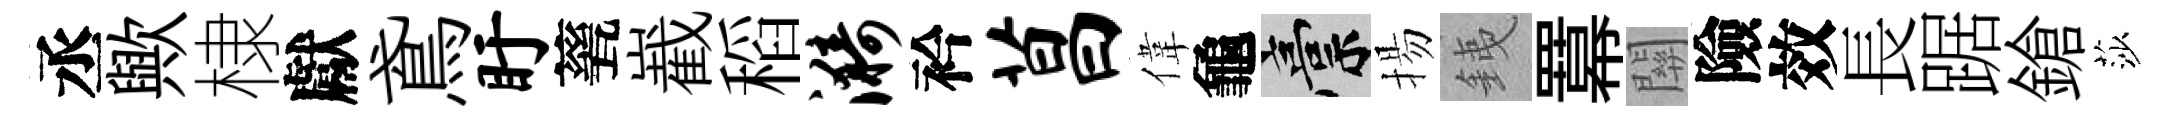
丞歟棣獻鳶盱甆嶻稻漪衿菖偉龜稿揚銕羃關險效長踞鎗莎